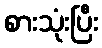
စားသုံးပြီး